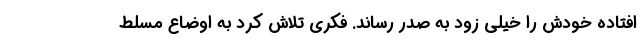
افتاده خودش را خیلی زود به صدر رساند. فکری تلاش کرد به اوضاع مسلط